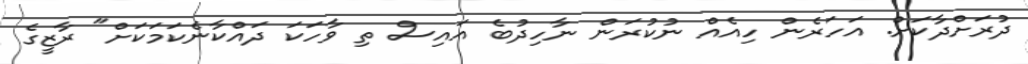
ދުރަށްދާކަށް. އަހަރެން ހިއެއް ނުކުރަން ނާހިދުބެ އައިސް ތި ވާހަކަ ދައްކާނެކަމަކަށް" ރާޒީގެ